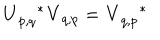
\mathbf { U } _ { p , q } ^ { \quad \ast } \mathbf { V } _ { q , p } = \mathbf { V } _ { q , p } ^ { \quad \ast }